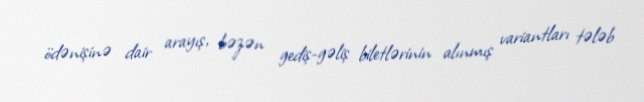
ödənişinə dair arayış, bəzən gediş-gəliş biletlərinin alınmış variantları tələb